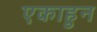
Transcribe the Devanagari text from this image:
एकाहुन